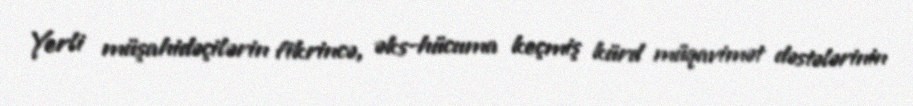
Yerli müşahidəçilərin fikrincə, əks-hücuma keçmiş kürd müqavimət dəstələrinin